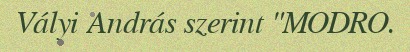
Vályi András szerint "MODRO.